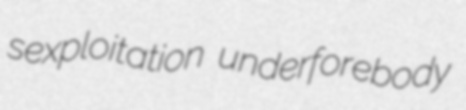
sexploitation underforebody